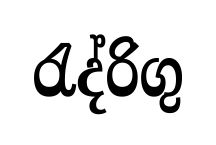
රැද්රිගු